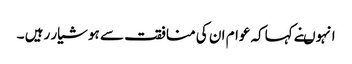
انہوںنے کہاکہ عوام ان کی منافقت سے ہوشیار رہیں ۔